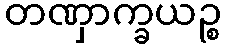
တဏှာက္ခယဉ္စ